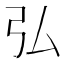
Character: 弘